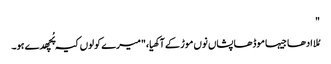
"
مُلا ادھا جیہا موڈھا پشاں نوں موڑ کے آکھیا،"میرے کولوں کیہ پُچھدے ہو۔